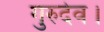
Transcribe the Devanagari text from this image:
गुरुदेव।